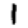
Digit: 1